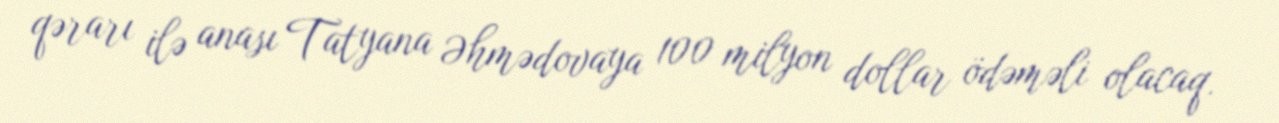
qərarı ilə anası Tatyana Əhmədovaya 100 milyon dollar ödəməli olacaq.